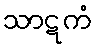
သာဋကံ